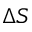
\Delta { S }